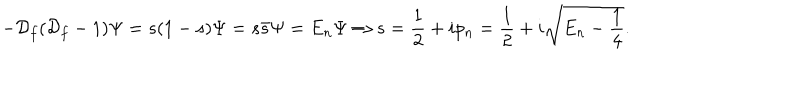
- { \cal D } _ { f } ( { \cal D } _ { f } - 1 ) \Psi = s ( 1 - s ) \Psi = s { \bar { s } } \Psi = E _ { n } \Psi \Rightarrow s = { \frac { 1 } { 2 } } + i p _ { n } = { \frac { 1 } { 2 } } + i \sqrt { E _ { n } - { \frac { 1 } { 4 } } } .